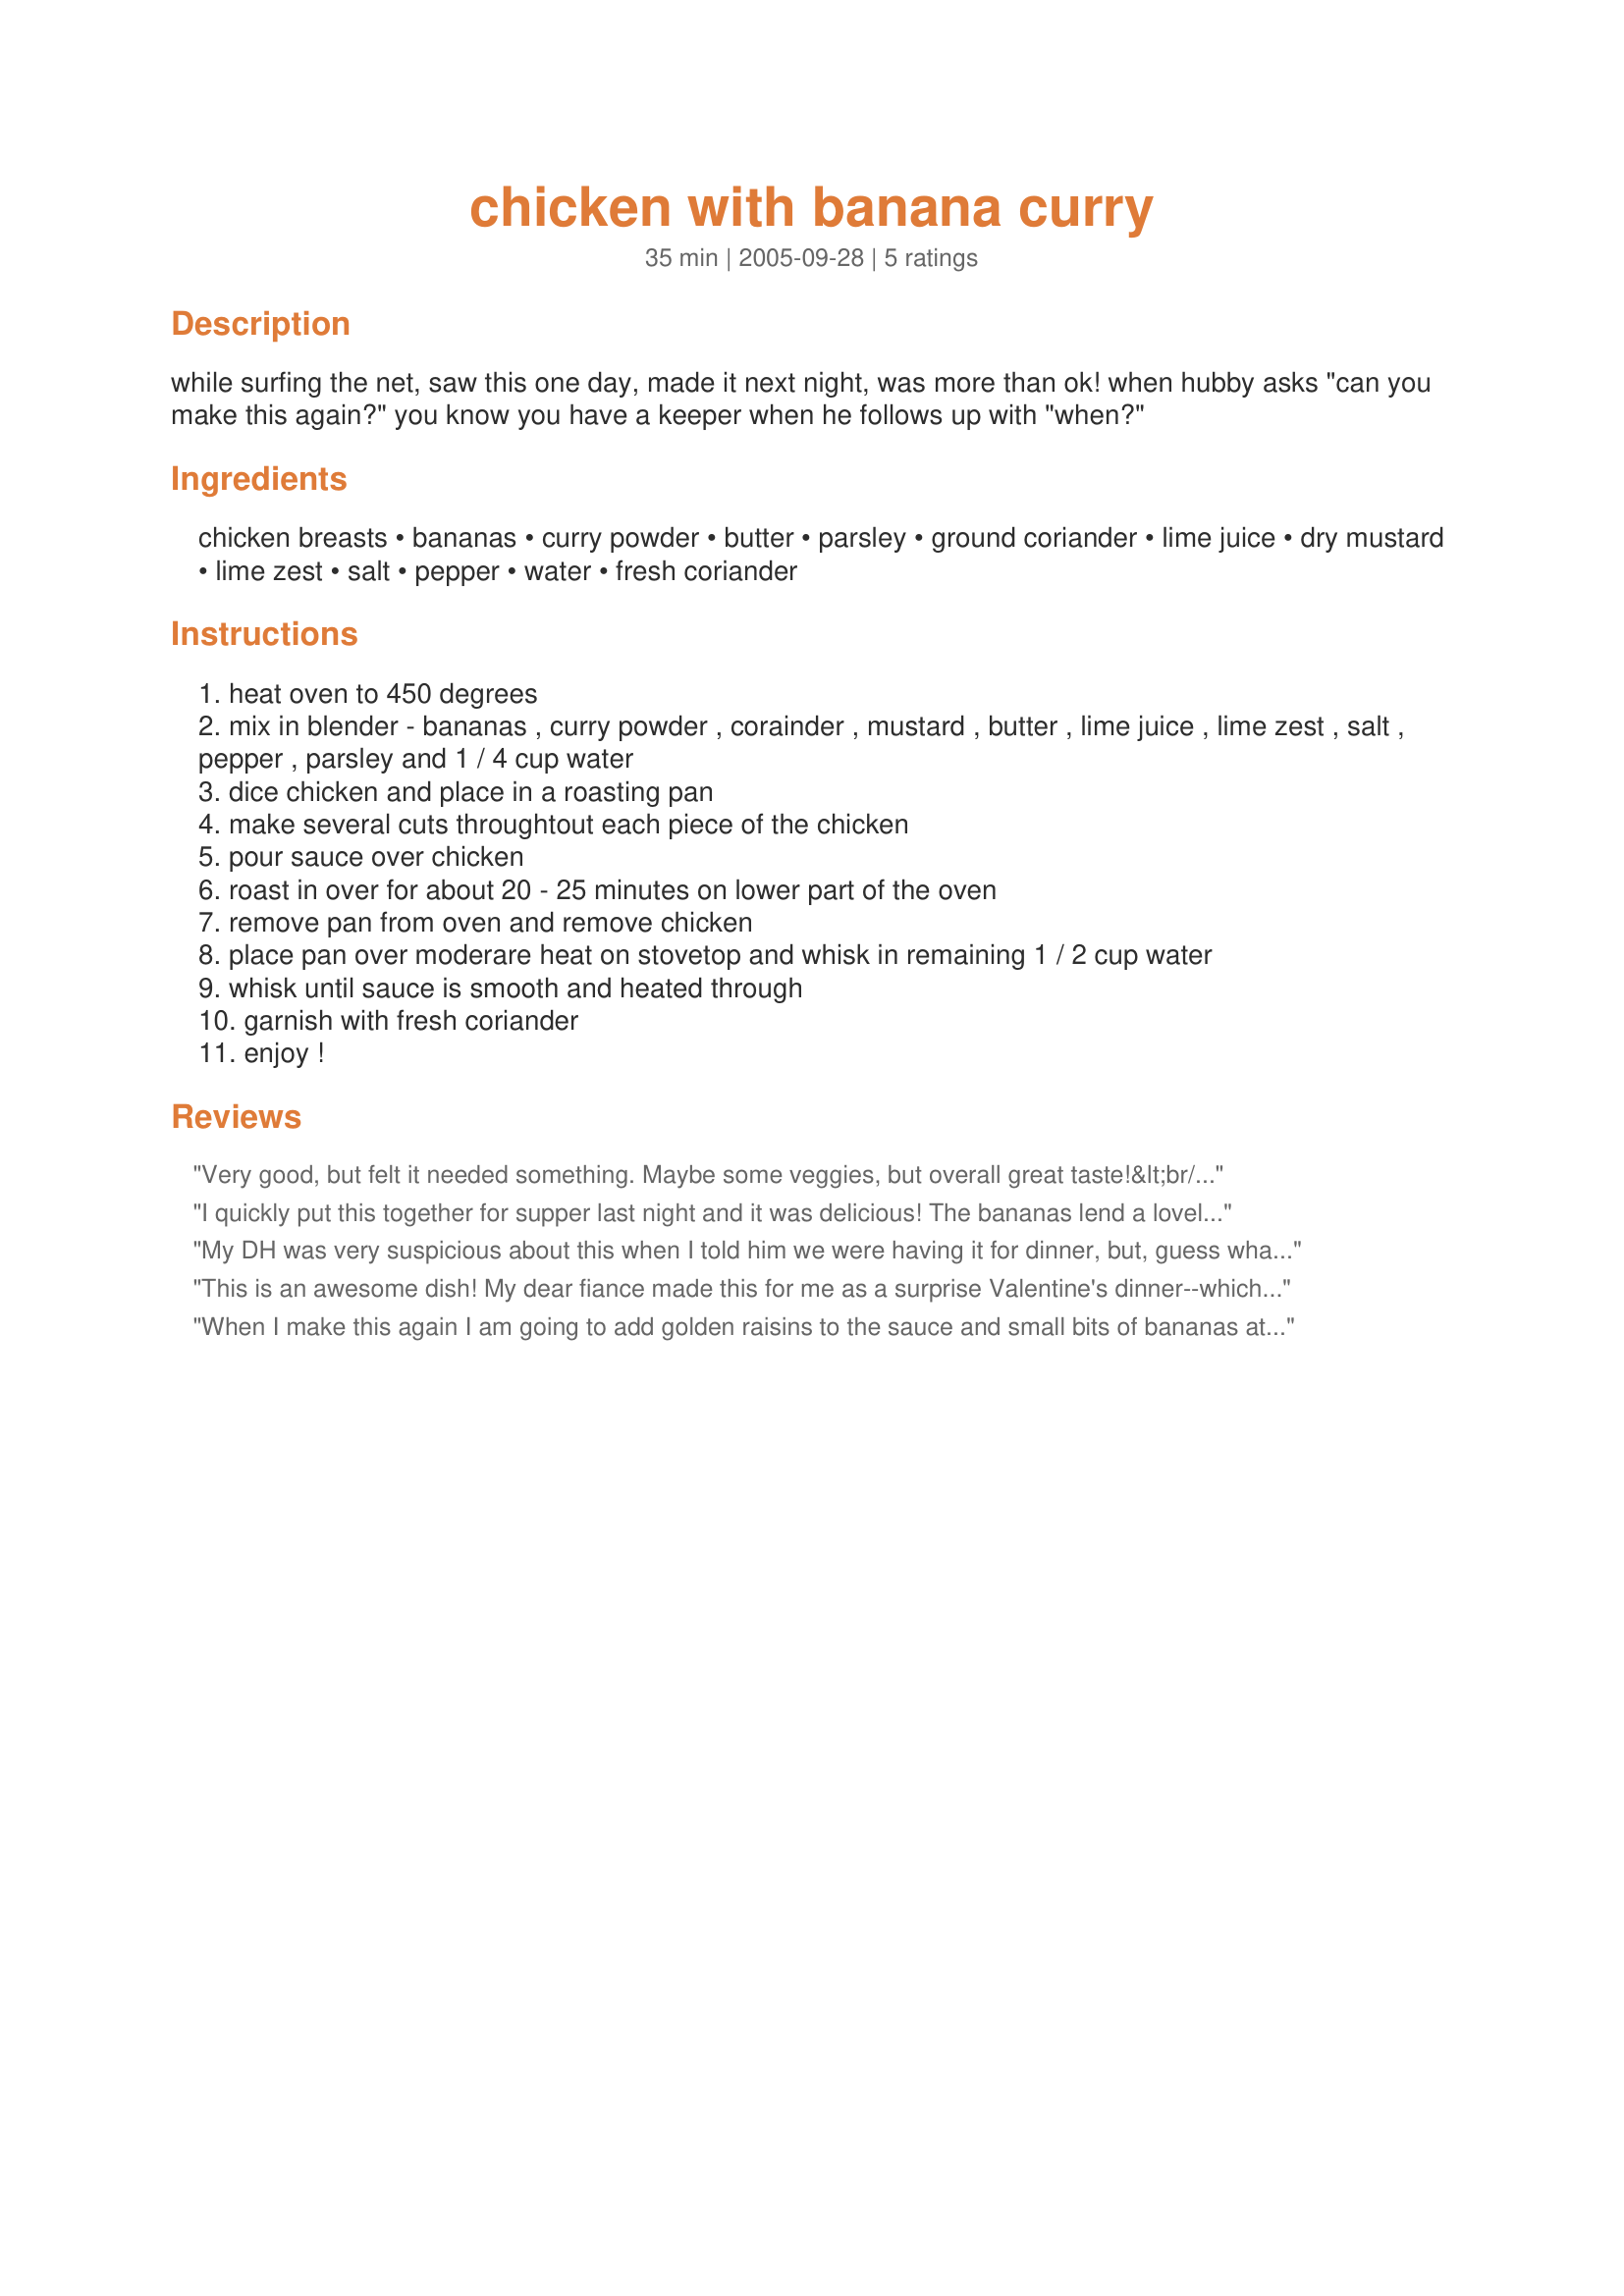
chicken with banana curry
Preparation time: 35 minutes

while surfing the net, saw this one day,
made it next night, was more than ok!
when hubby asks "can you make this again?"
you know you have a keeper when he follows up with "when?"

Ingredients:
chicken breasts, bananas, curry powder, butter, parsley, ground coriander, lime juice, dry mustard, lime zest, salt, pepper, water, fresh coriander

Steps:
heat oven to 450 degrees
mix in blender - bananas , curry powder , corainder , mustard , butter , lime juice , lime zest , salt , pepper , parsley and 1 / 4 cup water
dice chicken and place in a roasting pan
make several cuts throughtout each piece of the chicken
pour sauce over chicken
roast in over for about 20 - 25 minutes on lower part of the oven
remove pan from oven and remove chicken
place pan over moderare heat on stovetop and whisk in remaining 1 / 2 cup water
whisk until sauce is smooth and heated through
garnish with fresh coriander
enjoy !

Reviews:
Very good, but felt it needed something. Maybe some veggies, but overall great taste!&lt;br/&gt;&lt;br/&gt;Update 9/13/2011-made again, but added cut up cauliflower and parboiled potatoes to the cut up chicken. Just what it needed! Also added an extra banana and a little more water and lime juice to the blended mixture. By the time it finished cooking, I didn&#039;t need to do the last step and dilute it with more water.&lt;br/&gt;Another update: 10/2014, added a can of coconut milk to the sauce before cooking. Didn&#039;t need to add the water at the end
I quickly put this together for supper last night and it was delicious! The bananas lend a lovely rich sweetness to the curry flavoring. I served this up with some plain basmati rice and a cooling cucumber raita. And we must have the same hubby, I got the same questions from mine!
My DH was very suspicious about this when I told him we were having it for dinner, but, guess what, he said this was very very good and goes on the "repeater" list. I used a mild curry powder but next time I think I will use half mild and half spicy. I also cubed my chicken. Served with basmati rice and ,like another reviewer, cumcumber raita. Wonderful Wonderful. Thanks for posting.
This is an awesome dish! My dear fiance made this for me as a surprise Valentine's dinner--which was so much better than eating out with the masses! What's better, is that although he doesn't like to cook, he was able to find this on my saved recipes and was so pleased with the results that he's ready to cook yet again! The bananas changed our idea of the curries that we typically eat, and we will definitely be re-visiting this recipe again and again! Thank you!!
When I make this again I am going to add golden raisins to the sauce and small bits of bananas at the end...it just needs some sweetness...
